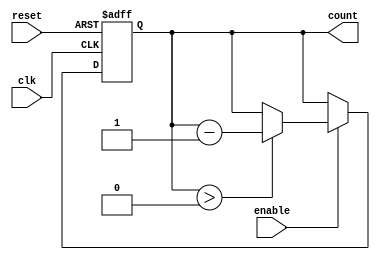
module down_counter (
    input wire clk,         // Clock signal
    input wire enable,      // Enable signal
    input wire reset,       // Reset signal
    output reg [N-1:0] count // Current count value, N-bit wide
);

// Parameter defining the maximum count value
parameter N = 4; // Adjust this parameter for the desired width (e.g., for counting down from 15, use N=4)

localparam MAX_COUNT = (1 << N) - 1; // Maximum count value, e.g., for N=4, MAX_COUNT=15

// Synchronous reset and counting logic
always @(posedge clk or posedge reset) begin
    if (reset) begin
        count <= MAX_COUNT; // Reset to maximum count value
    end else if (enable) begin
        if (count > 0) begin
            count <= count - 1; // Decrement the counter
        end
        // If count is 0, it remains 0
    end
end

// Initialize the count during simulation (optional)
initial begin
    count = MAX_COUNT; // Start at maximum count value
end

endmodule